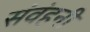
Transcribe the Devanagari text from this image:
संवंहनी